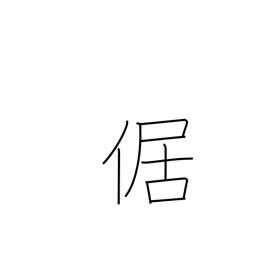
Meaning: squatting with legs outstretched